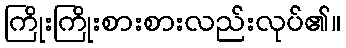
ကြိုးကြိုးစားစားလည်းလုပ်၏။